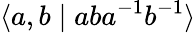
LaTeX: \langle a,b\mid aba^{-1}b^{-1}\rangle